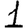
Digit: 1